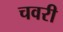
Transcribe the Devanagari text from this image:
चवरी